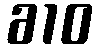
610